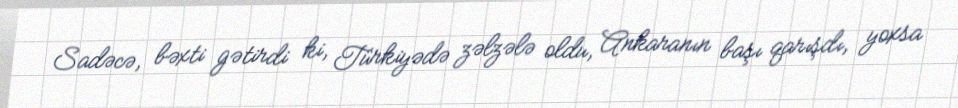
Sadəcə, bəxti gətirdi ki, Türkiyədə zəlzələ oldu, Ankaranın başı qarışdı, yoxsa